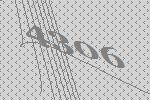
4306